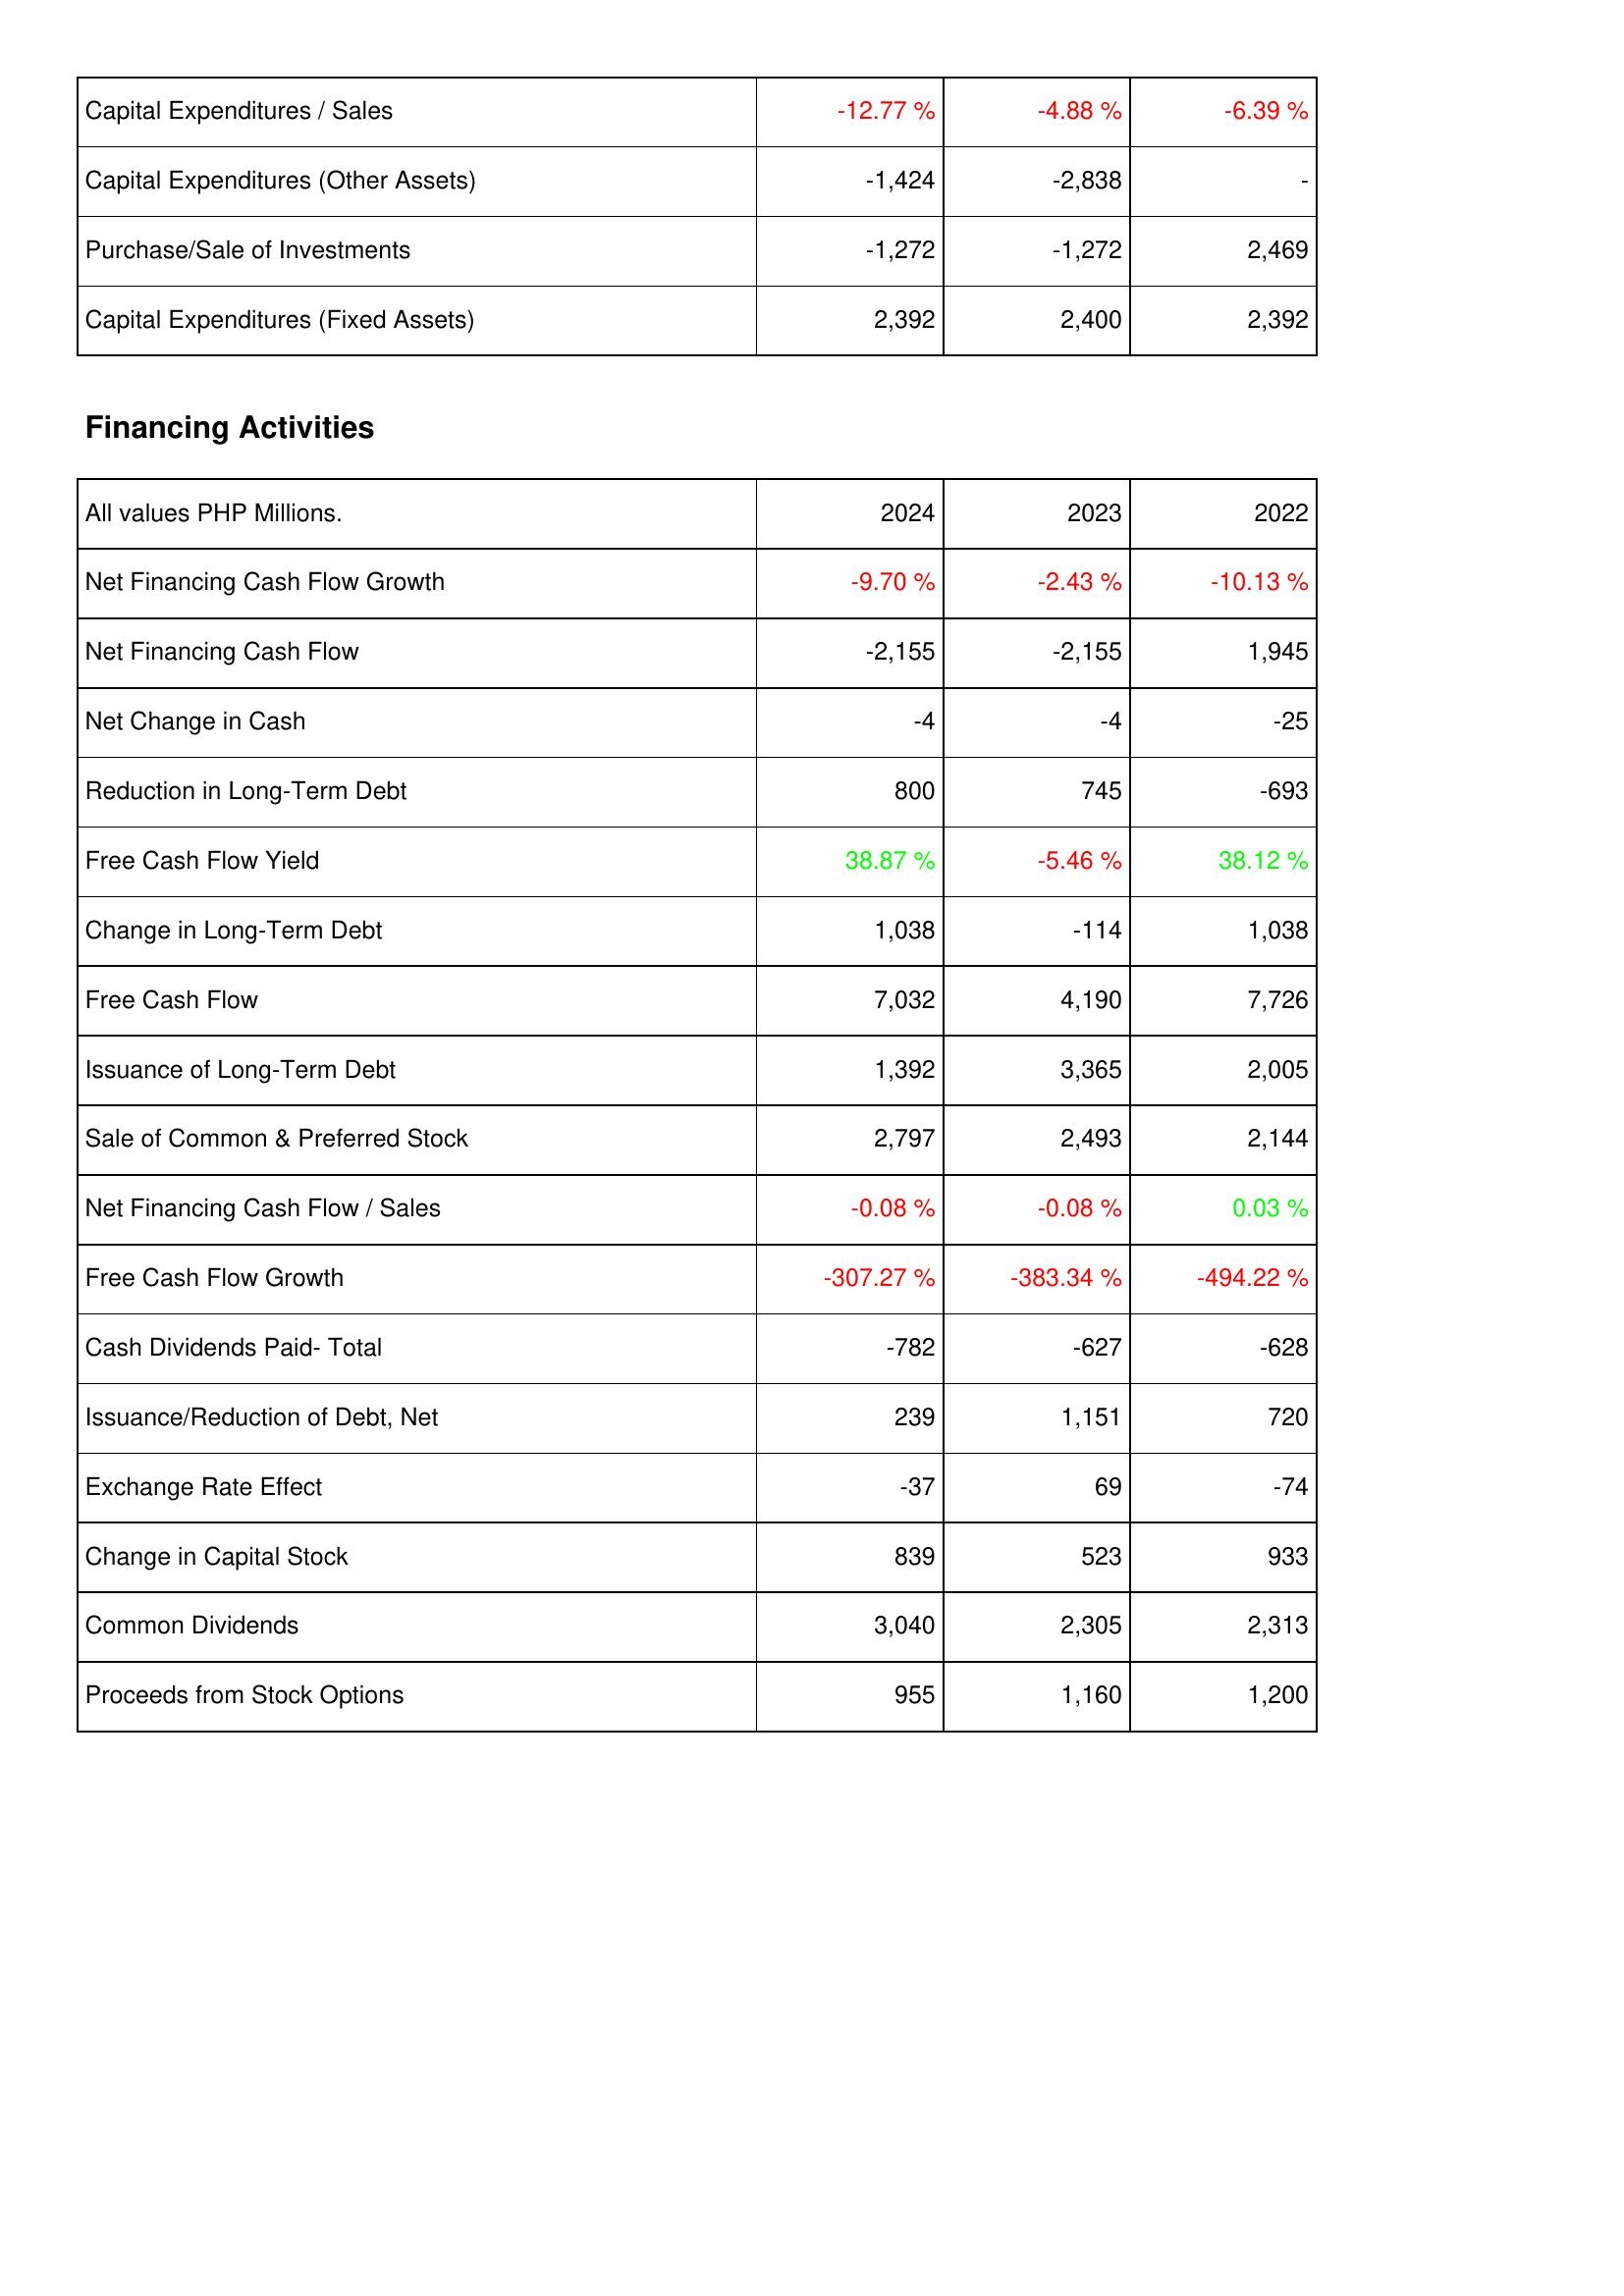
2024: Investing Activities: Capital Expenditures / Sales: -12.77 %
Capital Expenditures (Other Assets): -1,424
Purchase/Sale of Investments: -1,272
Capital Expenditures (Fixed Assets): 2,392
Financing Activities: Net Financing Cash Flow Growth: -9.70 %
Net Financing Cash Flow: -2,155
Net Change in Cash: -4
Reduction in Long-Term Debt: 800
Free Cash Flow Yield: 38.87 %
Change in Long-Term Debt: 1,038
Free Cash Flow: 7,032
Issuance of Long-Term Debt: 1,392
Sale of Common & Preferred Stock: 2,797
Net Financing Cash Flow / Sales: -0.08 %
Free Cash Flow Growth: -307.27 %
Cash Dividends Paid- Total: -782
Issuance/Reduction of Debt, Net: 239
Exchange Rate Effect: -37
Change in Capital Stock: 839
Common Dividends: 3,040
Proceeds from Stock Options: 955
2023: Investing Activities: Capital Expenditures / Sales: -4.88 %
Capital Expenditures (Other Assets): -2,838
Purchase/Sale of Investments: -1,272
Capital Expenditures (Fixed Assets): 2,400
Financing Activities: Net Financing Cash Flow Growth: -2.43 %
Net Financing Cash Flow: -2,155
Net Change in Cash: -4
Reduction in Long-Term Debt: 745
Free Cash Flow Yield: -5.46 %
Change in Long-Term Debt: -114
Free Cash Flow: 4,190
Issuance of Long-Term Debt: 3,365
Sale of Common & Preferred Stock: 2,493
Net Financing Cash Flow / Sales: -0.08 %
Free Cash Flow Growth: -383.34 %
Cash Dividends Paid- Total: -627
Issuance/Reduction of Debt, Net: 1,151
Exchange Rate Effect: 69
Change in Capital Stock: 523
Common Dividends: 2,305
Proceeds from Stock Options: 1,160
2022: Investing Activities: Capital Expenditures / Sales: -6.39 %
Capital Expenditures (Other Assets): -
Purchase/Sale of Investments: 2,469
Capital Expenditures (Fixed Assets): 2,392
Financing Activities: Net Financing Cash Flow Growth: -10.13 %
Net Financing Cash Flow: 1,945
Net Change in Cash: -25
Reduction in Long-Term Debt: -693
Free Cash Flow Yield: 38.12 %
Change in Long-Term Debt: 1,038
Free Cash Flow: 7,726
Issuance of Long-Term Debt: 2,005
Sale of Common & Preferred Stock: 2,144
Net Financing Cash Flow / Sales: 0.03 %
Free Cash Flow Growth: -494.22 %
Cash Dividends Paid- Total: -628
Issuance/Reduction of Debt, Net: 720
Exchange Rate Effect: -74
Change in Capital Stock: 933
Common Dividends: 2,313
Proceeds from Stock Options: 1,200